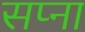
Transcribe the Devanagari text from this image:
सप्ना